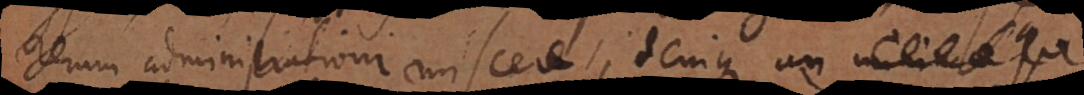
rerum administrationi miscere, denique an